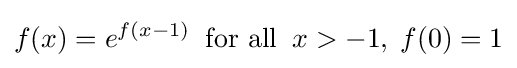
f(x)=e^{f(x-1)}\;\;{\text{for all}}\;\;x>-1,\;f(0)=1